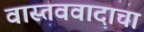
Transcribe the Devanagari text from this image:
वास्तववादाचा